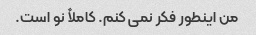
من اینطور فکر نمی کنم. کاملاً نو است.